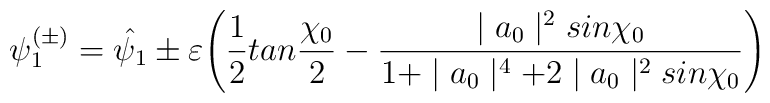
\psi_1^{(\pm)} =\hat{\psi_1} \pm \varepsilon \Biggl(\frac{1}{2}tan\frac{\chi_0}{2} - \frac{\mid a_0\mid^2 sin\chi_0}{1+\mid a_0\mid^4+2\mid a_0\mid^2 sin\chi_0}\Biggr)